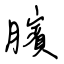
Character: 臏